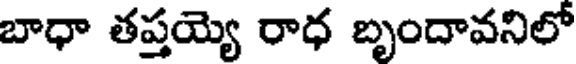
బాధా తప్తయ్యె రాధ బృందావనిలో